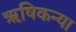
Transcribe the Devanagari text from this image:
ऋषिकन्या